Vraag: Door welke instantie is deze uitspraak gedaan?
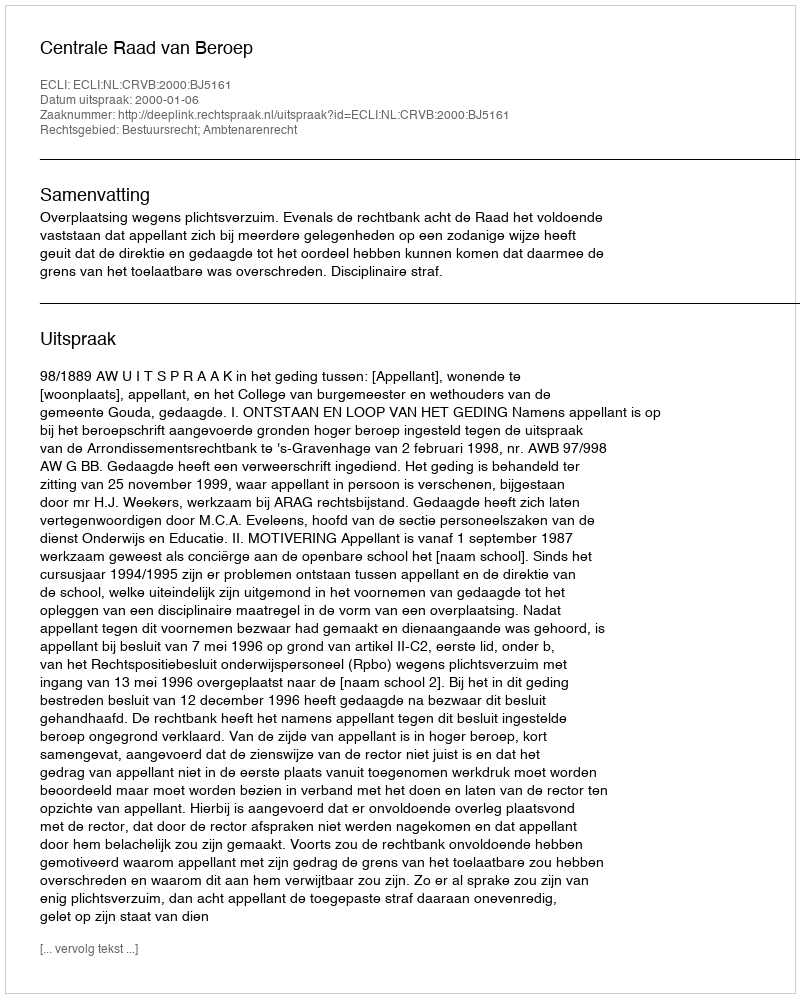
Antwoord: Centrale Raad van Beroep